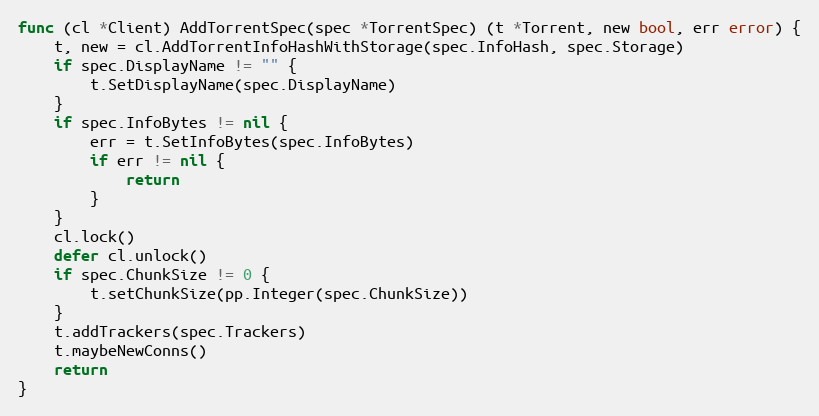
Language: Go
func (cl *Client) AddTorrentSpec(spec *TorrentSpec) (t *Torrent, new bool, err error) {
	t, new = cl.AddTorrentInfoHashWithStorage(spec.InfoHash, spec.Storage)
	if spec.DisplayName != "" {
		t.SetDisplayName(spec.DisplayName)
	}
	if spec.InfoBytes != nil {
		err = t.SetInfoBytes(spec.InfoBytes)
		if err != nil {
			return
		}
	}
	cl.lock()
	defer cl.unlock()
	if spec.ChunkSize != 0 {
		t.setChunkSize(pp.Integer(spec.ChunkSize))
	}
	t.addTrackers(spec.Trackers)
	t.maybeNewConns()
	return
}